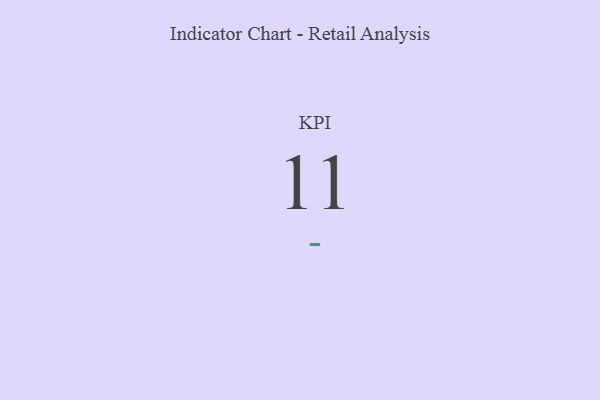
{"axis": {"x": "KPI", "y": "Value"}, "legend": [""], "data": [{"x": "KPI", "y": 11, "type": ""}]}